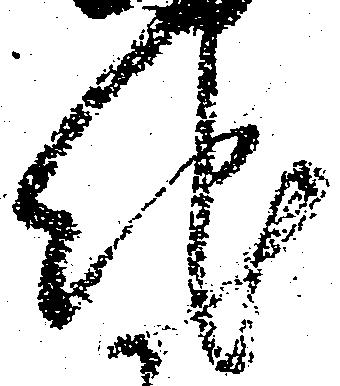
地